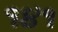
૧૪૧